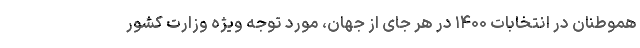
هموطنان در انتخابات ۱۴۰۰ در هر جای از جهان، مورد توجه ویژه وزارت کشور